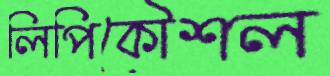
লিপিকৌশল